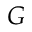
G